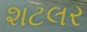
શટલર